Laidoner,_Johan, lk 98
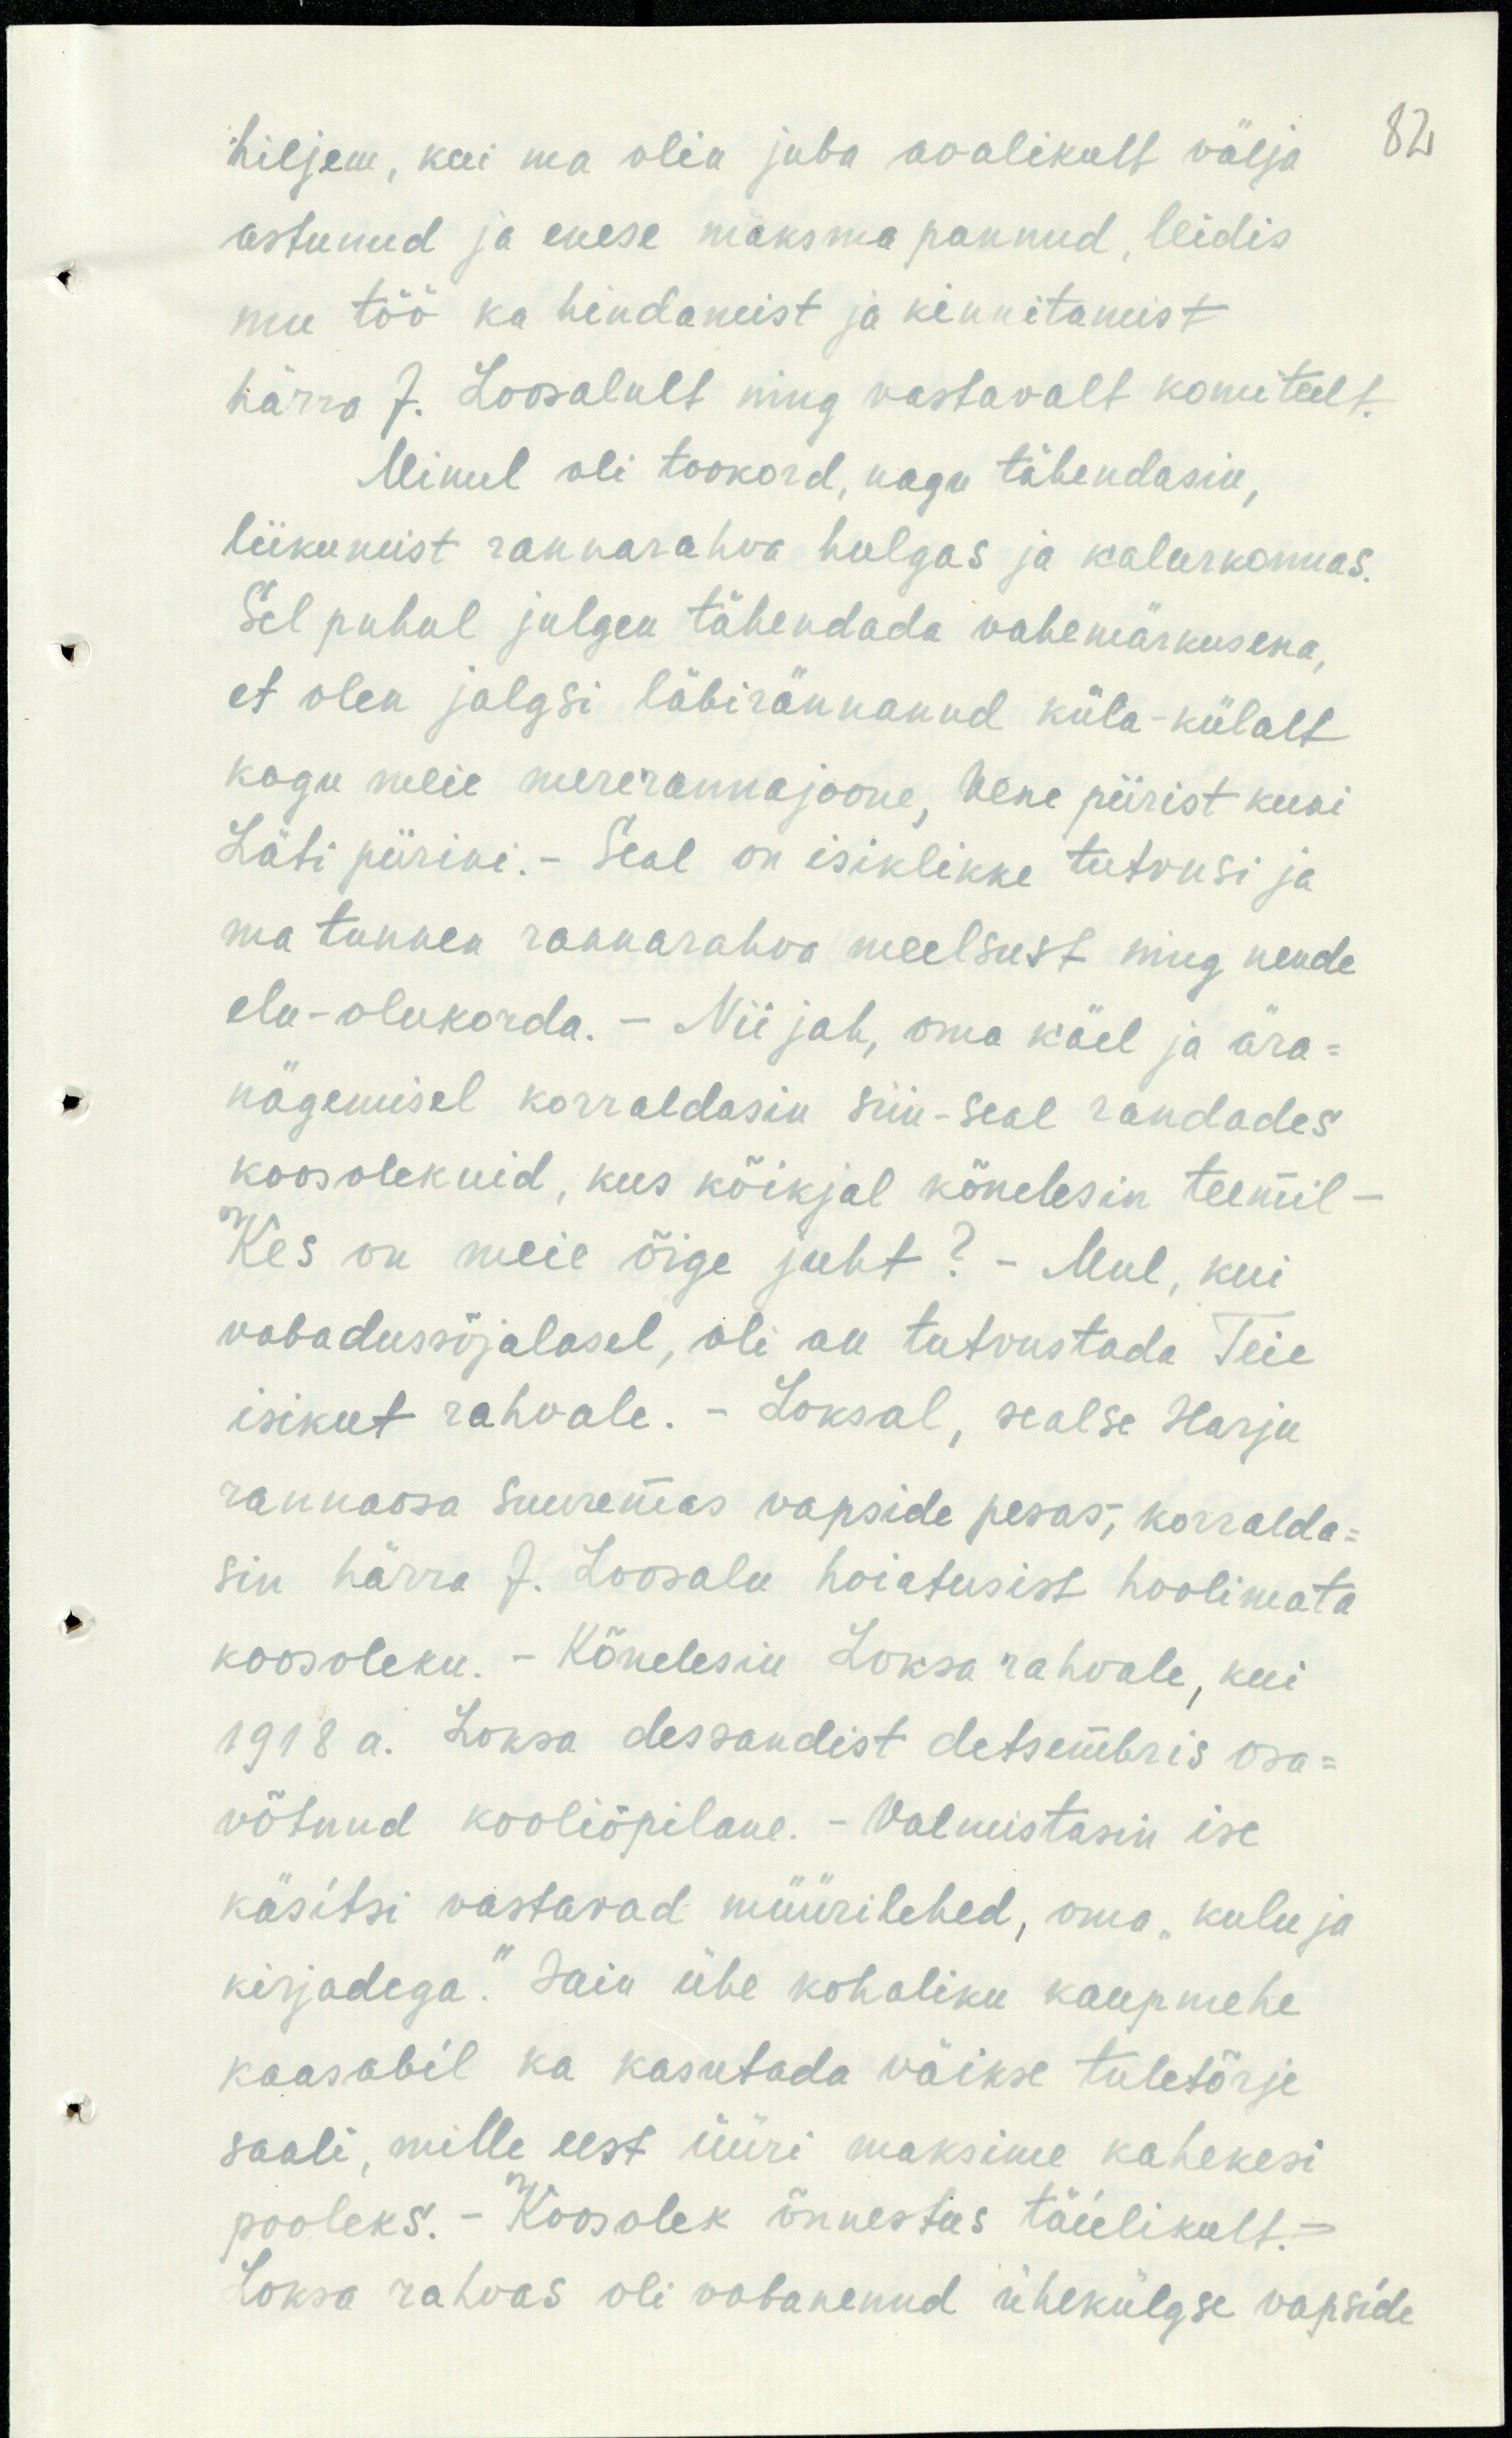
82

hiljem, kui ma olia juba avalikult välja
astunud ja enese maksma pannud, leidis
mu töö ka hindamist ja kinnitamist.
härra J. Loosalult ning vastavalt komiteelt.
Minul oli tookord, nagu tähendasin,
liikumist rannarahva hulgas ja kalurkonnas.
Sel puhul julgen tähendada vahemärkusena,
et olen jalgsi läbirännanud küla-külalt
kogu meie mererannajoone, Vene piirist kuni
Läti piirini.- Seal on isiklikke tutvusi ja
ma tunnen rannarahva meelsust ning nende
elu-olukorda. - Nii jah, oma käel ja ära-
nägemisel korraldasin siin-seal randades
koosolekuid, kus kõikjal kõnelesin teemil-
Kes on meie õige juht? - Mul, kui
vabadussõjalasel, oli au tutvustada Teie
isikut rahvale. - Loksal, sealse Harju
rannaosa suuremas vapside pesas, korralda-
sin härra J. Loosalu hoiatusist hoolimata
koosoleku. - Kõnelesin Loksa rahvale, kui
1918 a. Loksa dessandist detsembris osa-
võtnud kooliõpilane. Valmistasin ise
käsitsi vastavad müürilehed, oma "kulu ja
kirjadega." Saia ühe kohaliku kaupmehe
kaasabil ka kasutada väikse tuletõrje
saali, mille eest üüri maksime kahekesi
pooleks. Koosolek õnnestus täielikult.
Loksa rahvas oli vabanenud ühekülgse vapside